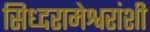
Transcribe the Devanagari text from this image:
सिध्दरामेश्वरांशी